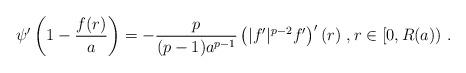
LaTeX: \begin{align*}\psi'\left( 1 - \frac{f(r)}{a} \right) = - \frac{p}{(p-1) a^{p-1}}\left( |f'|^{p-2} f' \right)'(r)\ , r\in [0,R(a))\ .\end{align*}